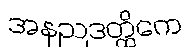
အနညဒတ္ထိကေ